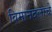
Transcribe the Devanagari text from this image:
विमानदलाचे